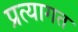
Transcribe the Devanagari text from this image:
प्रत्यागत